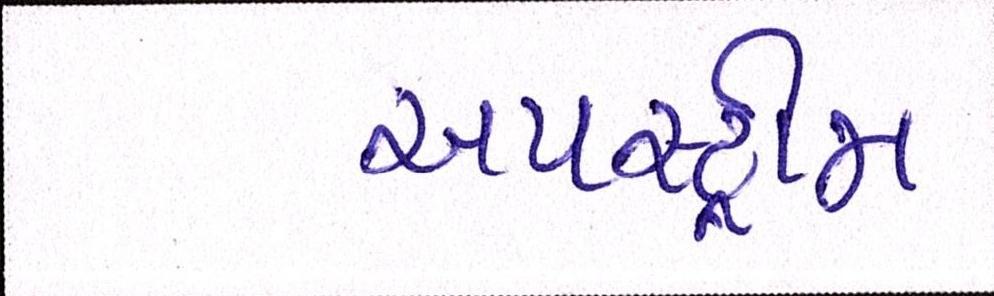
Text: અપસ્ટ્રીમ